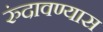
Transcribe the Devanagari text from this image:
रुंदावण्यास